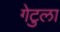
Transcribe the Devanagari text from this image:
गेटुला